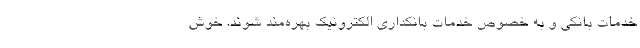
خدمات بانکی و به خصوص خدمات بانکداری الکترونیک بهره‌مند شوند. خوش